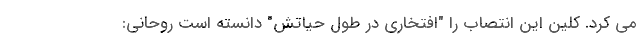
می کرد. کلین این انتصاب را "افتخاری در طول حیاتش" دانسته است روحانی: